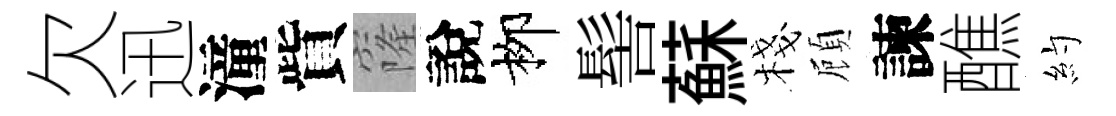
欠迅潼貲窿說栁髻蘇棧頋諫醮約